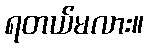
ရတယ်မလား။